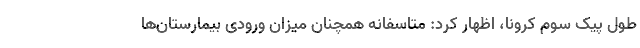
طول پیک سوم کرونا، اظهار کرد: متاسفانه همچنان میزان ورودی بیمارستان‌ها